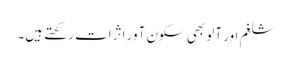
شلغم اور آلو بھی سکون آور اثرات رکھتے ہیں۔